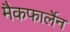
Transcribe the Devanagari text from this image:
मैकफार्लेन